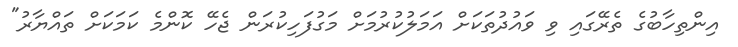
އިންތިހާބުގެ ތެރޭގައި ވި ވައުދުތަކަށް އަމަލުކުރުމަށް މަގުފަހިކުރަން ޖެހޭ ކޮންމެ ކަމަކަށް ތައްޔާރު"